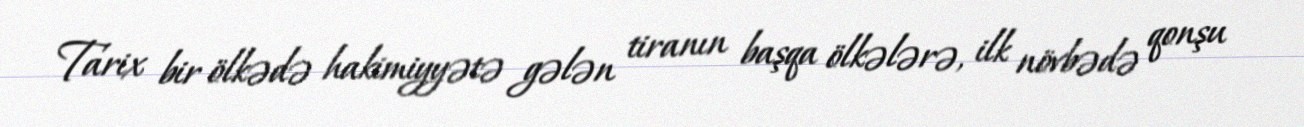
Tarix bir ölkədə hakimiyyətə gələn tiranın başqa ölkələrə, ilk növbədə qonşu